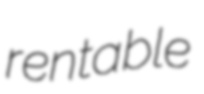
rentable